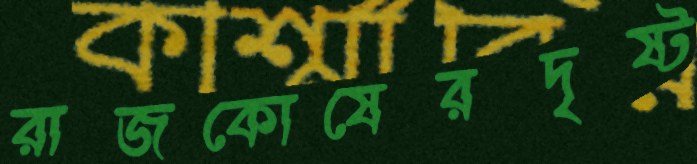
রাজকোষেরদৃষ্ট